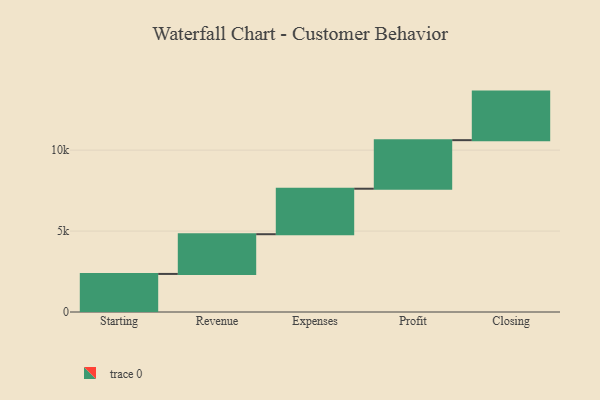
{"axis": {"x": "Step", "y": "Value"}, "legend": [""], "data": [{"x": "Starting", "y": 2352.0, "type": ""}, {"x": "Revenue", "y": 2454.0, "type": ""}, {"x": "Expenses", "y": 2810.0, "type": ""}, {"x": "Profit", "y": 3000, "type": ""}, {"x": "Closing", "y": 3000, "type": ""}]}